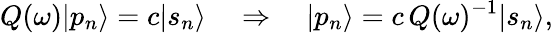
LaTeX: Q(\omega)|p_{n}\rangle=c|s_{n}\rangle\quad\Rightarrow\quad|p_{n}\rangle=c\, Q(\omega)^{-1}|s_{n}\rangle,